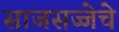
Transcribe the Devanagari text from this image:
साजसज्जेचे